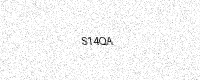
Text: S14QA